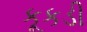
કૂકડી